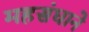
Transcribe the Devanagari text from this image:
महसंघाने